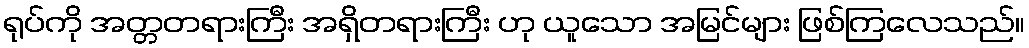
ရုပ်ကို အတ္တတရားကြီး အရှိတရားကြီး ဟု ယူသော အမြင်များ ဖြစ်ကြလေသည်။